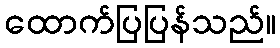
ထောက်ပြပြန်သည်။